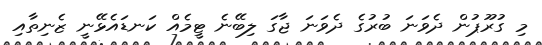
މި ގުރޫޕުން ދެވަނަ ބުރުގެ ދެވަނަ ޖާގަ ލިބޭނެ ޓީމެއް ކަނޑައެޅޭނީ ޒެނިތާއި